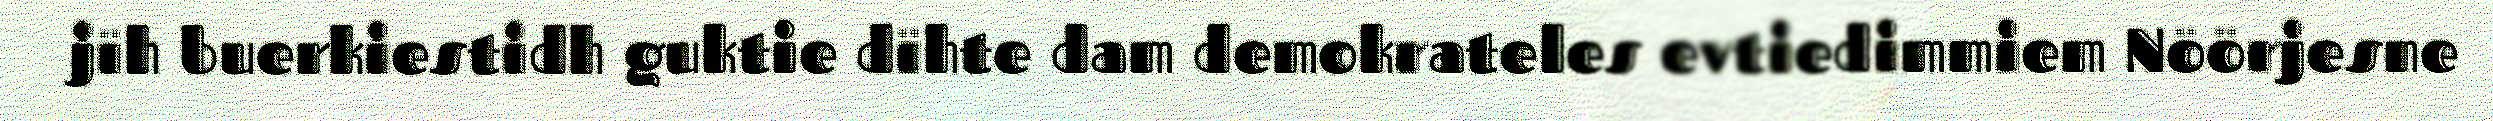
jïh buerkiestidh guktie dïhte dam demokrateles evtiedimmiem Nöörjesne